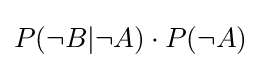
P(\neg B|\neg A)\cdot P(\neg A)